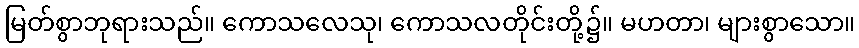
မြတ်စွာဘုရားသည်။ ကောသလေသု၊ ကောသလတိုင်းတို့၌။ မဟတာ၊ များစွာသော။